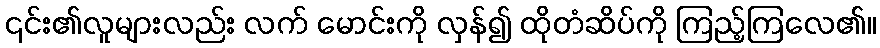
၎င်း၏လူများလည်း လက် မောင်းကို လှန်၍ ထိုတံဆိပ်ကို ကြည့်ကြလေ၏။